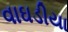
વાઘડીયા